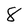
Character: 8